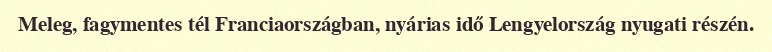
Meleg, fagymentes tél Franciaországban, nyárias idő Lengyelország nyugati részén.